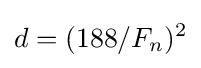
d=(188/F_{n})^{2}